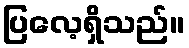
ပြလေ့ရှိသည်။